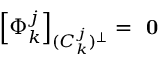
\left[ \Phi _ { k } ^ { j } \right] _ { ( C _ { k } ^ { j } ) ^ { \perp } } = \textbf { 0 }